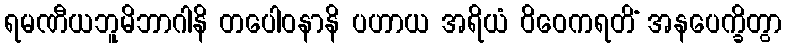
ရမဏီယဘူမိဘာဂါနိ တပေါဝနာနိ ပဟာယ အရိယံ ဝိဝေကရတိံ အနပေက္ခိတွာ